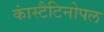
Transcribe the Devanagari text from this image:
कांस्टैटिनोपल